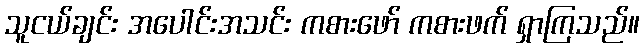
သူငယ်ချင်း အပေါင်းအသင်း ကစားဖော် ကစားဖက် ရှာကြသည်။